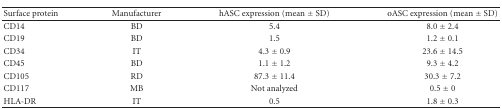
<table><thead><tr><td><b>Surface protein</b></td><td><b>Manufacturer</b></td><td><b>hASC expression (mean ± SD)</b></td><td><b>oASC expression (mean ± SD)</b></td></tr></thead><tbody><tr><td>CD14</td><td>BD</td><td>5.4</td><td>8.0 ± 2.4</td></tr><tr><td>CD19</td><td>BD</td><td>1.5</td><td>1.2 ± 0.1</td></tr><tr><td>CD34</td><td>IT</td><td>4.3 ± 0.9</td><td>23.6 ± 14.5</td></tr><tr><td>CD45</td><td>BD</td><td>1.1 ± 1.2</td><td>9.3 ± 4.2</td></tr><tr><td>CD105</td><td>RD</td><td>87.3 ± 11.4</td><td>30.3 ± 7.2</td></tr><tr><td>CD117</td><td>MB</td><td>Not analyzed</td><td>0.5 ± 0</td></tr><tr><td>HLA-DR</td><td>IT</td><td>0.5</td><td>1.8 ± 0.3</td></tr></tbody></table>